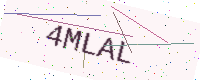
Text: 4MLAL